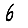
Digit: 6